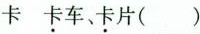
卡 卡车、卡片( )